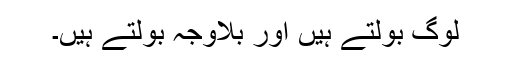
لوگ بولتے ہیں اور بلاوجہ بولتے ہیں۔